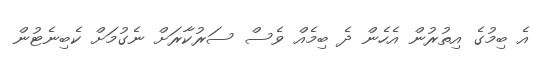
އެ ބިމުގެ އިތުރުން އެހެން ދެ ބިމެއް ވެސް ސަރުކާރަށް ނެގުމަށް ކެބިނެޓުން